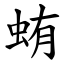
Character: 蛕